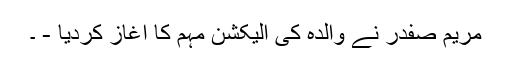
مریم صفدر نے والدہ کی الیکشن مہم کا آغاز کردیا - ۔